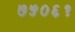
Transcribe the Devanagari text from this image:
७५०६१